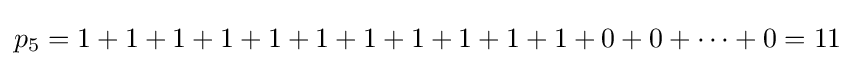
p_{5}=1+1+1+1+1+1+1+1+1+1+1+0+0+\dots +0=11